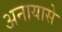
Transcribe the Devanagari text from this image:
अनायासे